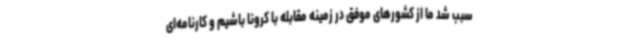
سبب شد ما از کشورهای موفق در زمینه مقابله با کرونا باشیم و کارنامه‌ای